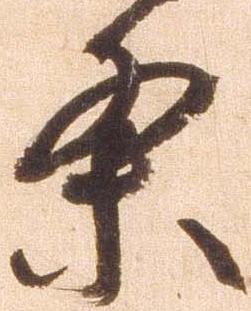
条